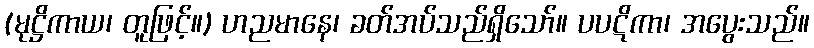
(မုဋ္ဌိကာယ၊ တူဖြင့်။) ဟညမာနေ၊ ခတ်အပ်သည်ရှိသော်။ ပပဋိကာ၊ အပွေးသည်။